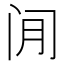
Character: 𫔮